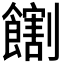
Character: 𫗛